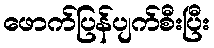
ဖောက်ပြန်ပျက်စီးပြီး